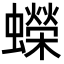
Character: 蠑